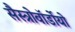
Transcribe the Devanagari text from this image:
सैस्त्रोवॉर्डोयो